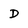
Character: D